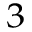
_ 3